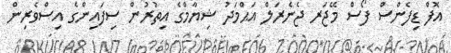
އޮފް ޑިފެންސް ފޯސް މޭޖަރ ޖެނެރަލް އަޙްމަދު ޝިޔާމްގެ އިތުރުން ސިފައިންގެ އިސްވެރިން